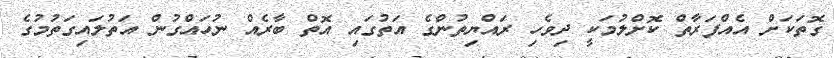
ގޮތަކަށް އެއްފަރާތް ކޮށްލުމަކީ ދިވެހި ރައްޔިތުންގެ އަތުގައި އޮތް ބާރެއް ނުހައްގުން އަތުލައިގަތުމުގެ